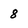
Character: 8